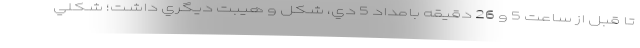
تا قبل از ساعت 5 و 26 دقيقه بامداد 5 دي، شكل و هيبت ديگري داشت؛ شكلي